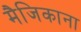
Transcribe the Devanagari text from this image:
मैजिकाना